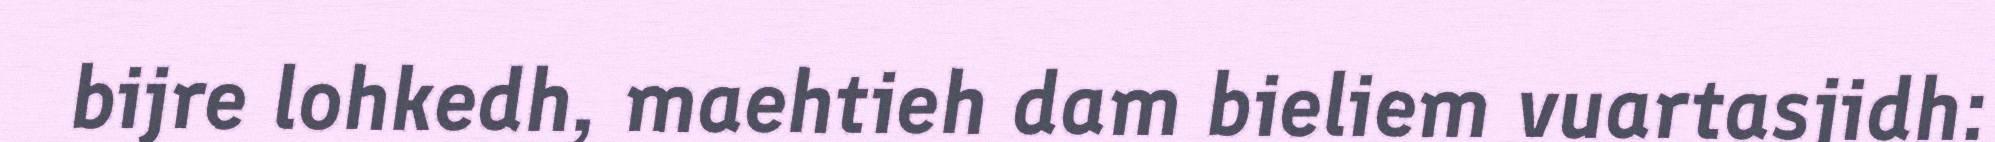
bijre lohkedh, maehtieh dam bieliem vuartasjidh: